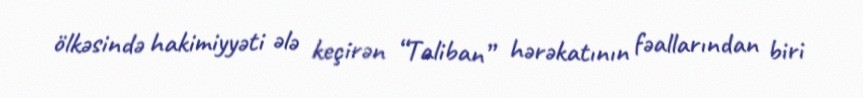
ölkəsində hakimiyyəti ələ keçirən “Taliban” hərəkatının fəallarından biri